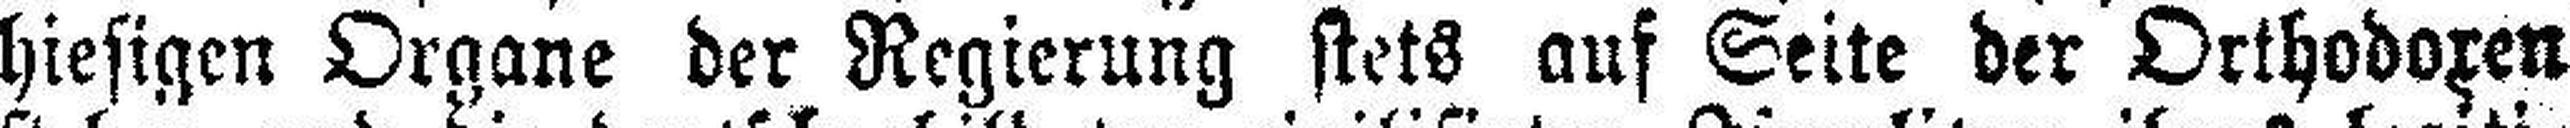
hiesigen Organe der Regierung stets auf Seite der Orthodoxen